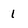
Character: 1